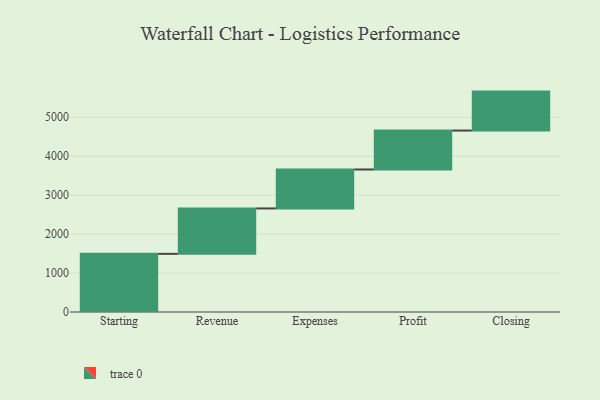
{"axis": {"x": "Step", "y": "Value"}, "legend": [""], "data": [{"x": "Starting", "y": 1493.0, "type": ""}, {"x": "Revenue", "y": 1166.0, "type": ""}, {"x": "Expenses", "y": 1000, "type": ""}, {"x": "Profit", "y": 1000, "type": ""}, {"x": "Closing", "y": 1000, "type": ""}]}